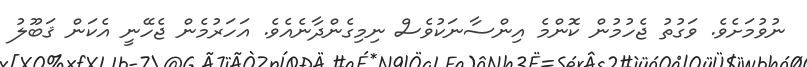
ނުވުމަށެވެ. ވަގުތު ޖެހުމުން ކޮންމެ އިންސާނަކުވެސް ނިމިގެންދާނެއެވެ. އަހަރުމެން ޖެހޭނީ އެކަން ޤަބޫލު